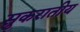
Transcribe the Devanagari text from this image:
सुकरातीय